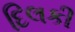
દિલકી